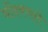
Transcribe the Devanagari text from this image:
नोंदवणारे